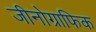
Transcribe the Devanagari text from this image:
जीनोग्राफिक